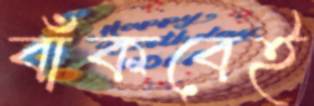
বাঁকবেই